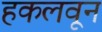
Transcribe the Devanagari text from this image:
हकलवून